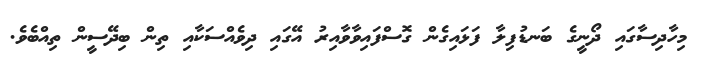
މިހާދިސާގައި ދޯނީގެ ބަނޑުފިލާ ފަޅައިގެން ގޮސްފައިވާވާއިރު އޭގައި ދިވެއްސަކާއި ތިން ބިދޭސީން ތިއްބެވެ.